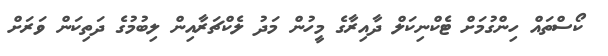
ކޯސްތައް ހިންގުމަށް ޓެކްނިކަލް ދާއިރާގެ މީހުން މަދު ލެކްޗަރާއިން ލިބުމުގެ ދަތިކަން ވަރަށް